Vaccination in Bombay 1902-1912 - 1902-1912
Year: 1902
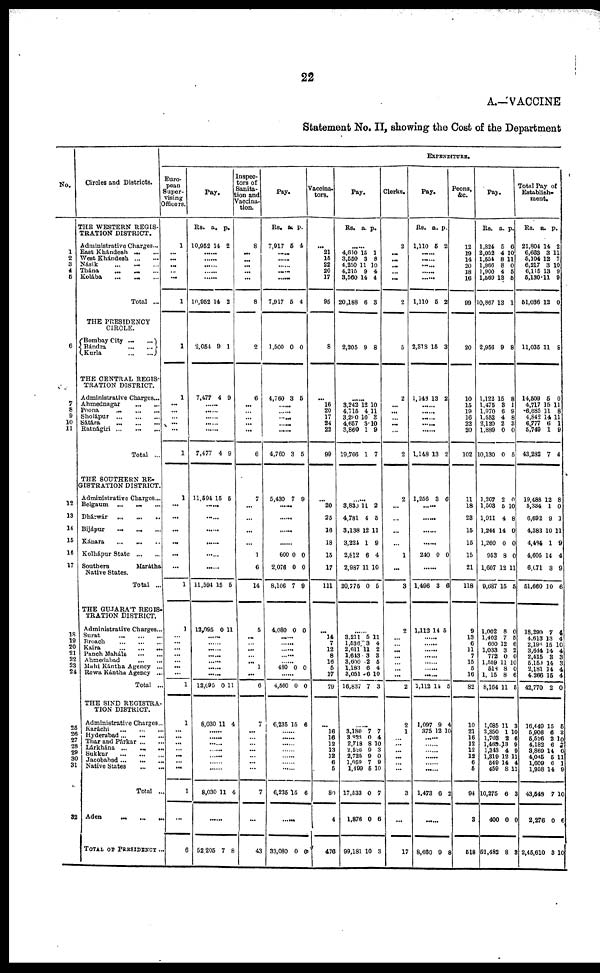
22
A.—VACCINE
Statement No. II, showing the Cost of the Department
No.
1
2
3
4
6
6
7
8
9
10
11
12
13
14
15
16
17
18
19
20
21
22
23
24
25
26
27
28
29
30
31
32
Circles and Districts.
THE WESTERN REGIS-
TRATION DISTRICT.
Administrative Charges ...
East Khándesh ... ...
West Khándesh ... ...
Násik
...
...
...
Thána
...
...
...
Kolába
...
...
...
Total ...
THE PRESIDENCY
CIRCLE.
Bombay
City...
...
Bándra
...
...
Kurla
...
...
THE CENTRAL REGIS-
TRATION DISTRICT.
Administrative Charges...
Ahmednagar
...
...
Poona
...
...
...
Sholápur ...
...
...
Sátára
...
...
...
Ratnágiri
...
...
...
Total ...
THE SOUTHERN RE¬
GISTRATION DISTRICT.
Administrative Charges...
Belgaum
... ... ...
Dhárwár...
...
...
Bijápur
...
...
...
Kánara
...
...
...
Kolhápur State
...
...
Southern
Marátha
Native States.
Total ...
THE GUJARAT REGIS¬
TRATION DISTRICT.
Administrative Charges...
Surat
...
...
...
Broach
...
...
...
Kaira
...
...
...
Panch Maháls
...
...
Aamedabad
...
...
Muhi Kántha Agency ...
Rewa Kántha Agency ...
Total ...
THE SIND REGISTRA-
TION DISTRICT.
Administrative Charges...
Karáchi
... ... ...
Hyderabad... ... ...
Thar and Párkar ... ...
Lárkhána
...
...
...
Sukkur ... ... ...
Jacobabad... ... ...
Native States ... ...
Total ...
Aden
...
...
...
TOTAL OF PRESIDENCY ...
EXPENDITURE.
Euro-
pean
Super-
vising
Officers.
1
...
...
...
...
...
1
1
1
...
...
...
...
...
1
1
...
...
...
...
...
...
1
1
...
...
...
...
...
...
...
1
1
...
...
...
...
...
...
...
1
8
Pay.
Rs.
10,952
a.
14
p.
2
...... ......
......
...... .
10,952 14 2
2,054 9 1
7,477 4 9
......
......
......
......
......
7,477 4 9
11,594 15 5
......
......
......
......
......
11,594 15 5
12,095 0 11
......
......
......
.
......
......
12,095 0 11
8,030 11 4
...... ......
...... ......
......
......
......
8,030 11 4
......
52,205 7 8
Inspec¬
tors of
Sanita¬
tion and
Vaccina¬
tion.
8
...
...
...
...
...
8
2
6
...
...
...
...
...
6
7
...
...
...
...
1
6
14
5
...
...
...
...
...
1
...
6
7
...
...
...
...
...
...
...
7
...
43
Pay.
Rs.
7,917
a.
5
p.
4
......
.
......
......
......
7,917 5
4
1,500 0
0
4,760 3
5
......
...... ......
......
......
4,760 3 5
5,430 7 9
......
......
......
......
600
2,076
8,106
0
0
7
0
0
9
4,080 0 0
......
......
......
...... ......
480 0 0
......
4,560 0 0
6,235 15 6
......
......
......
......
......
......
6,235 15 6
......
33,080 0 0
Vaccina¬
tore.
...
21
15
22
20
17
95
8
...
16
20
17
24
22
99
...
20
25
16
18
15
17
111
...
14
7
12
8
16
5
17
79
...
16
16
12
13
12
6 5
80
4
476
Pay.
Rs.
a.
p.
......
4,610
3,550
4,250
4,215
3,560
20,188
15
3
11
9
14
6
1
8
10
4
4
3
2,205
9
8
......
3,242
4,715
3,290
4,657
3,860
19,766
12
4
10
3
1
1
10
11
3
10
9
7
......
3,830
4,781
3,138
3,224
2,812
2,987
20,775
11
4
12
1
6
11
0
2
5
11
9
4
10
5
......
3,211
1,536
2,611
1,643
3,600
1,183
3,051
16,837
5
3
11
3
2
6
6
7
11
4
2
3
5
4
10
3
......
3,180
3,823
2,718
2,526
2,725
1,059
1,499
17,533
1,876
99,181
7
0
8
9
9
7
5
0
0
10
7
4
10
3
0 9
10
7
6
3
Clerks.
2
...
...
...
...
...
2
5
2
...
...
... ...
...
2
2
...
...
...
...
1
...
3
2
...
...
...
...
...
...
...
2
2
1
...
...
... ...
...
...
3
...
17
Pay.
Rs.
1,110
a.
5
p.
2
......
......
......
......
......
1,110
5
2
2,318 15
3
1,148 13 2
......
......
......
1,148 13 2
1,256 3 6
......
......
......
240 0 0
......
1,496 3 6
1,112 14 5
......
......
......
......
......
......
......
1,112 14 5
1,097
375
9
12
4
10
......
......
......
......
......
1,473 6 2
......
8,660 9 8
Peons,
&c.
12
19
14
20
18
16
99
20
10
15
19
10
22
20
102
11
18
23
15
15
15
21
118
9
13
6
11
7
15
5
16
82
10
21
16
12
12
12
6
5
94
3
518
Pay.
Rs.
1,824
2,052
1,554
1,966
1,900
1,569
10,867
a.
5
4
8
8
4
13
13
p.
6
10
11
0
5
5
1
2,956
9
8
1,122
1,475
1,970
1,552
2,120
1,889
10,130
15
3
6
4
2
0
0
8
1
9
8
3
0
5
1,207
1,503
1,911
1,244
1,260
953
1,607
9,687
2
5
4
14
0
8
12
15
0
10
8
0
0
0
11
5
1,002
1,402
660
1,033
772
1,559
518
1,015
8,164
8
7
12
3
0
11
8
8
11
0
5
6 2
0
10
0
6
5
1,085
2,350
1,703
1,465
1,343
1,319
549
459
10,275
400
52,482
11
1
2
13
4
12
14
8
6
0
8
3
10
6
9 9
11
4
11
3
0
3
Total Pay of
Establish¬
ment.
Rs.
21,804
6,663
5,104
6,217
6,115
5,130
51,036
a.
14
3
12
3
13
11
12
p.
2
11
7
10
9
9
0
11,035 11
8
14,509
4,717
6,685
4,842
6,777
5,749
43,282
5
15
11
14
6
1
7
0
11
8
11
1
9
4
19,488
5,384
6,692
4,383
4,484
4,605
6,671
51,660
12
1
9
10
1
14
3
10
8
0
1
11
9
4
9
6
18,290
4,613
2,196
3,644
2,415
5,159
2,181
4,266
42,770
7
13
15
14
3
14
14
15
2
4
4
10
4
3
3
4
4
0
16,449
5,906
5,526
4,182
3,869
4,045
1,609
1,958
43,548
2,276
2,45,610
15
6
2
6
14
5
6
14
7
0
3
5
3
10
7
0
11
1
9
10
6
10